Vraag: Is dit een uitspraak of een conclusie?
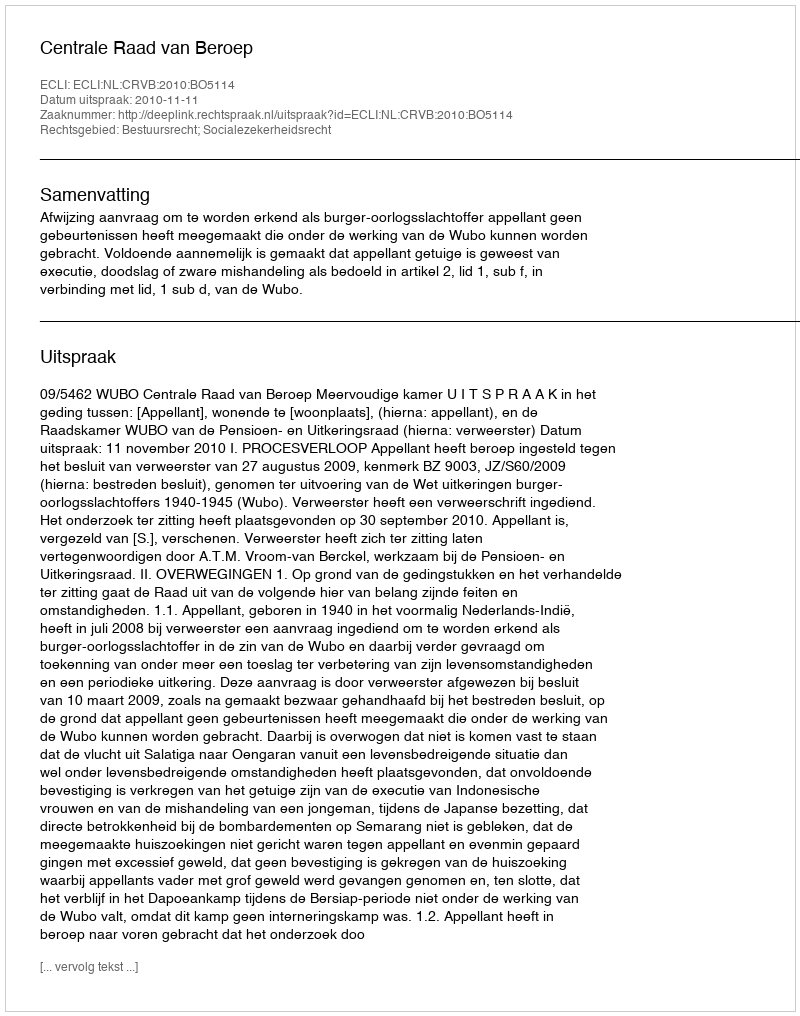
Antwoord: Uitspraak